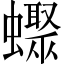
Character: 𧓏